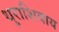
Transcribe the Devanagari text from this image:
धुराशिवाय